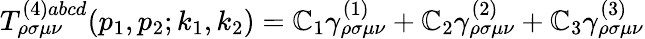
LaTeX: T_{\rho\sigma\mu\nu}^{(4)abcd}(p_{1},p_{2};k_{1},k_{2})=\mathbb{C}_{1}\gamma_{\rho\sigma\mu\nu}^{(1)}+\mathbb{C}_{2}\gamma_{\rho\sigma\mu\nu}^{(2)}+\mathbb{C}_{3}\gamma_{\rho\sigma\mu\nu}^{(3)}